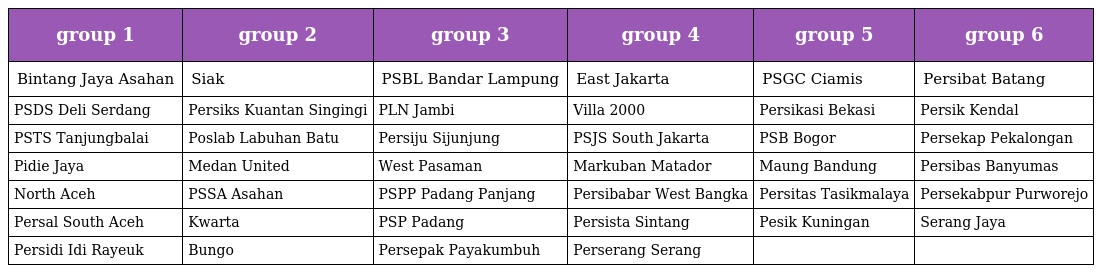
| group 1 | group 2 | group 3 | group 4 | group 5 | group 6 |
 | --- | --- | --- | --- | --- | --- |
 | Bintang Jaya Asahan | Siak | PSBL Bandar Lampung | East Jakarta | PSGC Ciamis | Persibat Batang |
 | PSDS Deli Serdang | Persiks Kuantan Singingi | PLN Jambi | Villa 2000 | Persikasi Bekasi | Persik Kendal |
 | PSTS Tanjungbalai | Poslab Labuhan Batu | Persiju Sijunjung | PSJS South Jakarta | PSB Bogor | Persekap Pekalongan |
 | Pidie Jaya | Medan United | West Pasaman | Markuban Matador | Maung Bandung | Persibas Banyumas |
 | North Aceh | PSSA Asahan | PSPP Padang Panjang | Persibabar West Bangka | Persitas Tasikmalaya | Persekabpur Purworejo |
 | Persal South Aceh | Kwarta | PSP Padang | Persista Sintang | Pesik Kuningan | Serang Jaya |
 | Persidi Idi Rayeuk | Bungo | Persepak Payakumbuh | Perserang Serang |  |  |